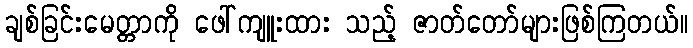
ချစ်ခြင်းမေတ္တာကို ဖေါ်ကျူးထား သည့် ဇာတ်တော်များဖြစ်ကြတယ်။